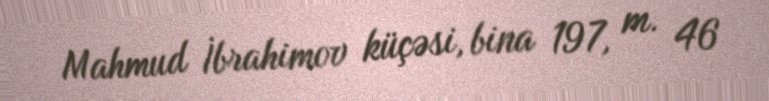
Mahmud İbrahimov küçəsi, bina 197, m. 46